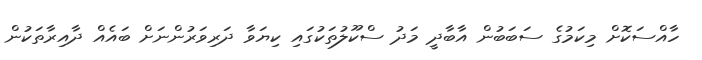
ހާއްސަކޮށް މިކަމުގެ ސަބަބުން އާބާދީ މަދު ސްކޫލުތަކުގައި ކިޔަވާ ދަރިވަރުންނަށް ބައެއް ދާއިރާތަކުން